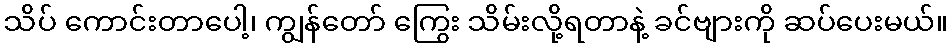
သိပ် ကောင်းတာပေါ့၊ ကျွန်တော် ကြွေး သိမ်းလို့ရတာနဲ့ ခင်ဗျားကို ဆပ်ပေးမယ်။